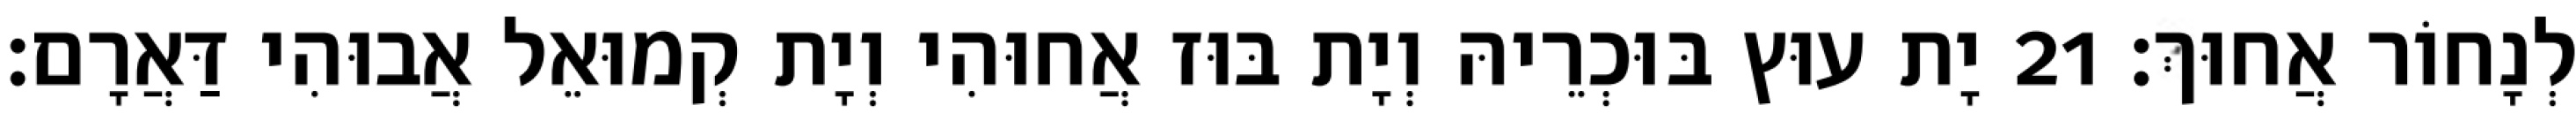
לְנָחוֹר אֲחוּךְ׃ 21 יָת עוּץ בּוּכְרֵיהּ וְיָת בּוּז אֲחוּהִי וְיָת קְמוּאֵל אֲבוּהִי דַּאֲרָם׃